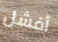
أفشل